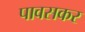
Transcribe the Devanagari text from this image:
पावसकर